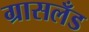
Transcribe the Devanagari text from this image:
ग्रासलँड